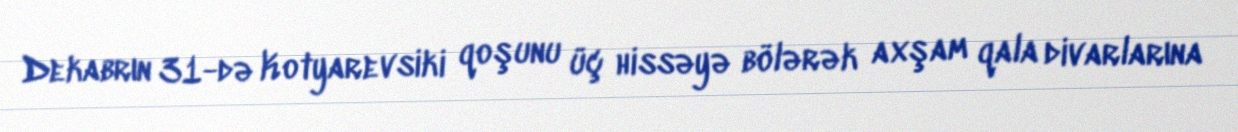
Dekabrın 31-də Kotyarevsiki qoşunu üç hissəyə bölərək axşam qala divarlarına